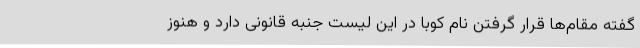
گفته مقام‌ها قرار گرفتن نام کوبا در این لیست جنبه قانونی دارد و هنوز